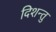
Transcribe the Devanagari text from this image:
दिशन्तु